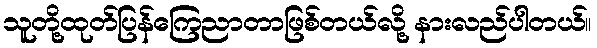
သူတို့ထုတ်ပြန်ကြေညာတာဖြစ်တယ်လို့ နားလည်ပါတယ်။